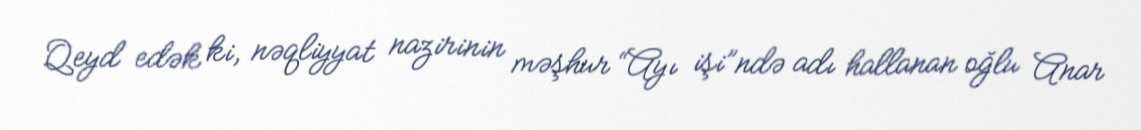
Qeyd edək ki, nəqliyyat nazirinin məşhur “Ayı işi”ndə adı hallanan oğlu Anar